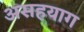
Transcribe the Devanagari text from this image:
असहयाग